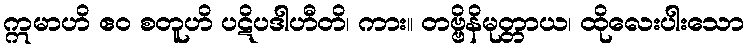
ဣမာဟိ ဧဝ စတူဟိ ပဋိပဒါဟီတိ၊ ကား။ တဗ္ဗိနိမုတ္တာယ၊ ထိုလေးပါးသော